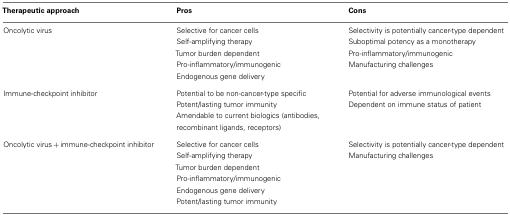
<table><thead><tr><td><b>Therapeutic approach</b></td><td><b>Pros</b></td><td><b>Cons</b></td></tr></thead><tbody><tr><td>Oncolytic virus</td><td>Selective for cancer cells</td><td>Selectivity is potentially cancer-type dependent</td></tr><tr><td></td><td>Self-amplifying therapy</td><td>Suboptimal potency as a monotherapy</td></tr><tr><td></td><td>Tumor burden dependent</td><td>Pro-inflammatory/immunogenic</td></tr><tr><td></td><td>Pro-inflammatory/immunogenic</td><td>Manufacturing challenges</td></tr><tr><td></td><td>Endogenous gene delivery</td><td></td></tr><tr><td>Immune-checkpoint inhibitor</td><td>Potential to be non-cancer-type specific</td><td>Potential for adverse immunological events</td></tr><tr><td></td><td>Potent/lasting tumor immunity</td><td>Dependent on immune status of patient</td></tr><tr><td></td><td>Amendable to current biologics (antibodies, recombinant ligands, receptors)</td><td></td></tr><tr><td>Oncolytic virus + immune-checkpoint inhibitor</td><td>Selective for cancer cells</td><td>Selectivity is potentially cancer-type dependent</td></tr><tr><td></td><td>Self-amplifying therapy</td><td>Manufacturing challenges</td></tr><tr><td></td><td>Tumor burden dependent</td><td></td></tr><tr><td></td><td>Pro-inflammatory/immunogenic</td><td></td></tr><tr><td></td><td>Endogenous gene delivery</td><td></td></tr><tr><td></td><td>Potent/lasting tumor immunity</td><td></td></tr></tbody></table>